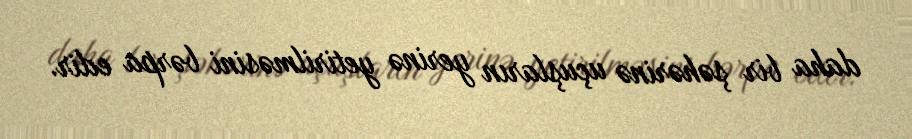
daha bir şəhərinə uçuşların yerinə yetirilməsini bərpa edir.